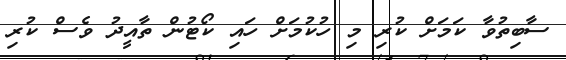
ސާބިތުވާ ކަމަށް ކުރި މި ހުކުމަށް ހައި ކޯޓުން ތާއީދު ވެސް ކުރި